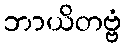
ဘာယိတဗ္ဗံ